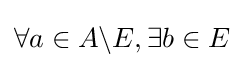
\forall a\in A\backslash E,\exists b\in E